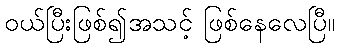
ဝယ်ပြီးဖြစ်၍အသင့် ဖြစ်နေလေပြီ။